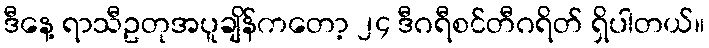
ဒီနေ့ ရာသီဥတုအပူချိန်ကတော့ ၂၄ ဒီဂရီစင်တီဂရိတ် ရှိပါတယ်။